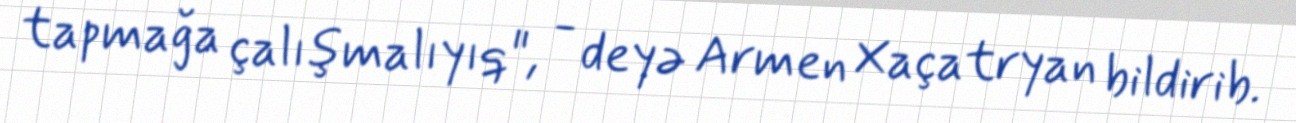
tapmağa çalışmalıyıq", - deyə Armen Xaçatryan bildirib.